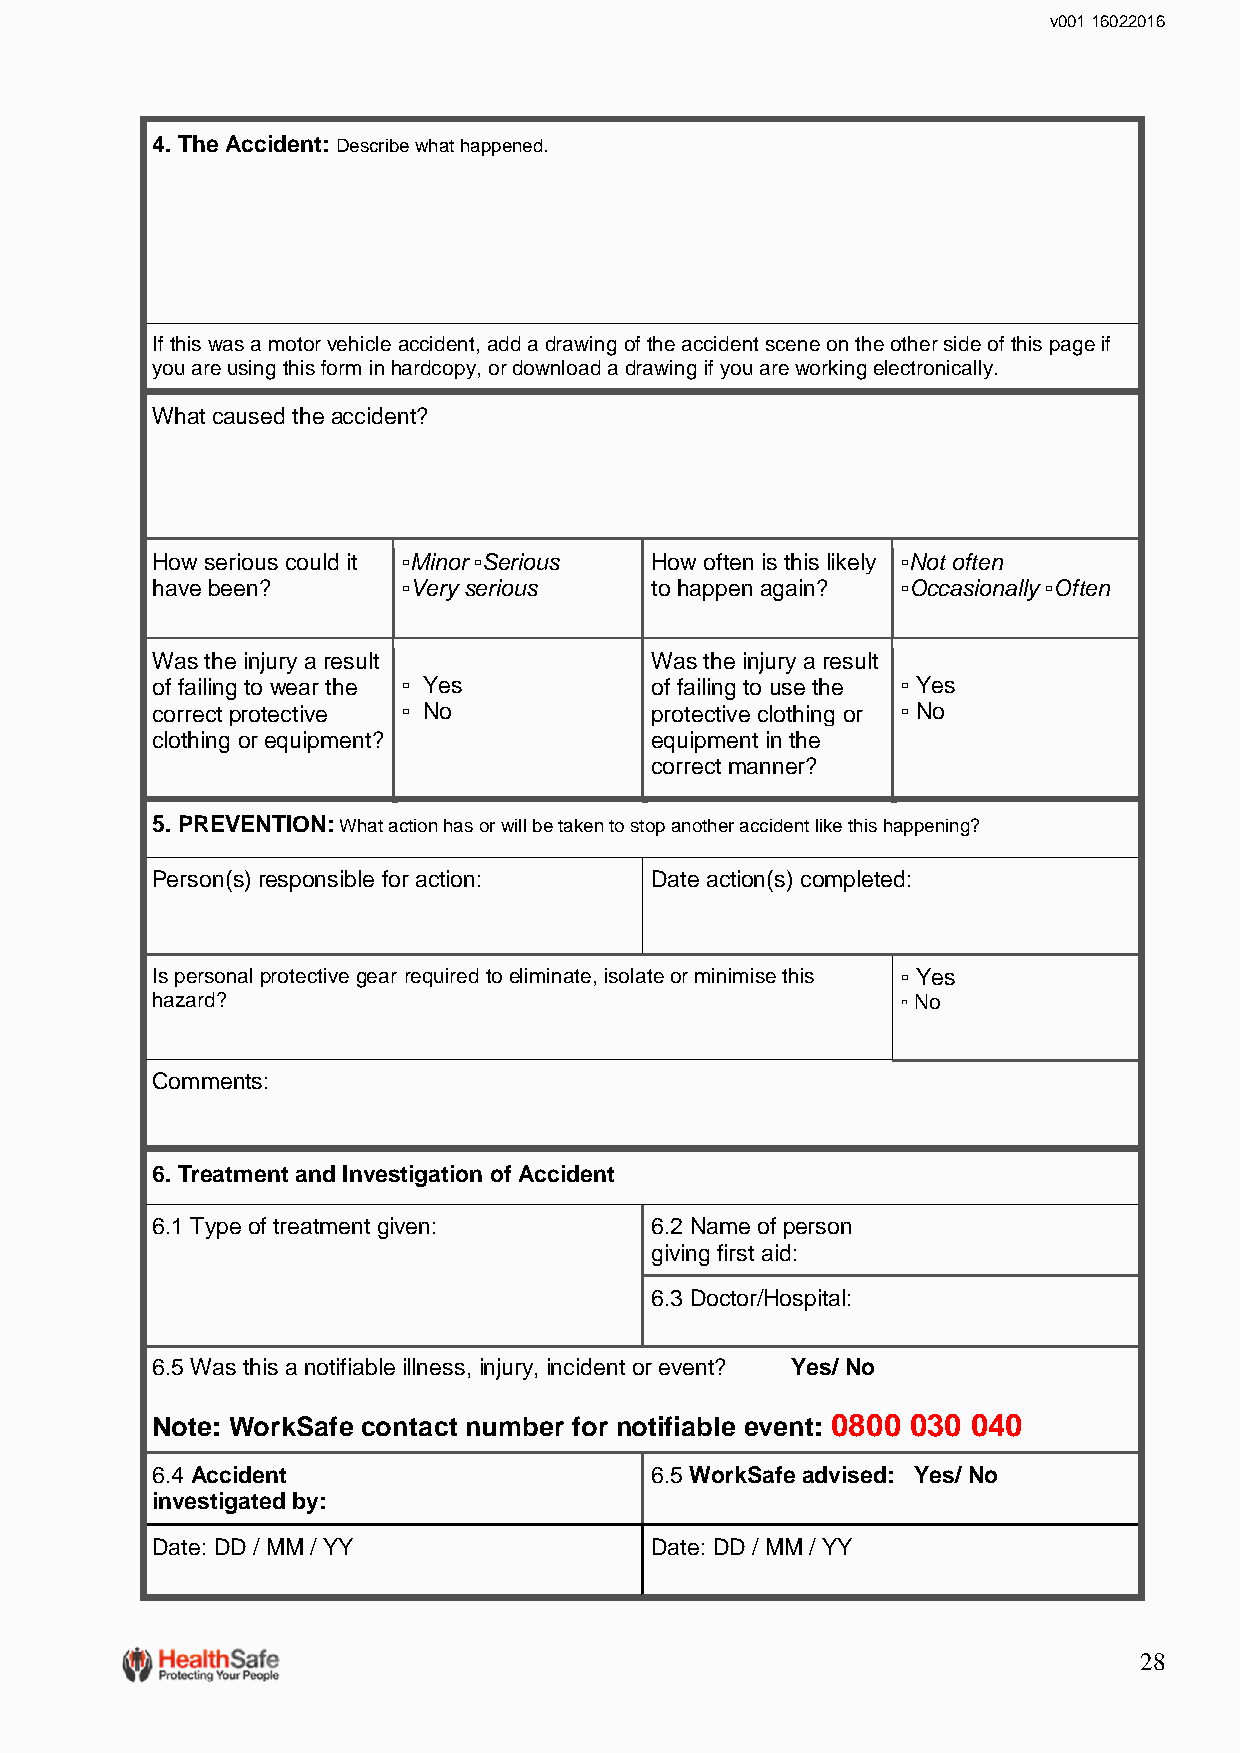
v001 16022016
 4. The Accident: Describe what happened.
 If this was a motor vehicle accident, add a drawing of the accident scene on the other side of this page if
 you are using this form in hardcopy, or download a drawing if you are working electronically.
 What caused the accident?
 How serious could it ▫️Minor ▫️Serious How often is this likely ▫️Not often
 have been?       ▫️Very serious  to happen again? ▫️Occasionally ▫️Often
 Was the injury a result          Was the injury a result
 of failing to wear the ▫️ ️ Yes  of failing to use the ▫️ Yes
 correct protective ▫️ ️ No       protective clothing or ▫️ No
 clothing or equipment?           equipment in the
 correct manner?
 5. PREVENTION: What action has or will be taken to stop another accident like this happening?
 Person(s) responsible for action: Date action(s) completed:
 Is personal protective gear required to eliminate, isolate or minimise this ▫️ Yes
 hazard?                                           ▫️ No
 Comments:
 6. Treatment and Investigation of Accident
 6.1 Type of treatment given:     6.2 Name of person
 giving first aid:
 6.3 Doctor/Hospital:
 6.5 Was this a notifiable illness, injury, incident or event? Yes/ No
 Note: WorkSafe contact number for notifiable event: 0800 030 040
 6.4 Accident                     6.5 WorkSafe advised: Yes/ No
 investigated by:
 Date: DD / MM / YY               Date: DD / MM / YY
 28